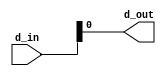
`timescale 1ns / 1ps
//////////////////////////////////////////////////////////////////////////////////
// Company: 
// Engineer: 
// 
// Design Name: 
// Module Name: splitter2
// Project Name: 
// Target Devices: 
// Tool Versions: 
// Description: 
// 
// Dependencies: 
// 
// Revision:
// Revision 0.01 - File Created
// Additional Comments:
// 
//////////////////////////////////////////////////////////////////////////////////


module splitter2(
    d_in, d_out
    );
    input [5:0] d_in;
    output d_out;
    
    assign d_out = d_in[0];
endmodule